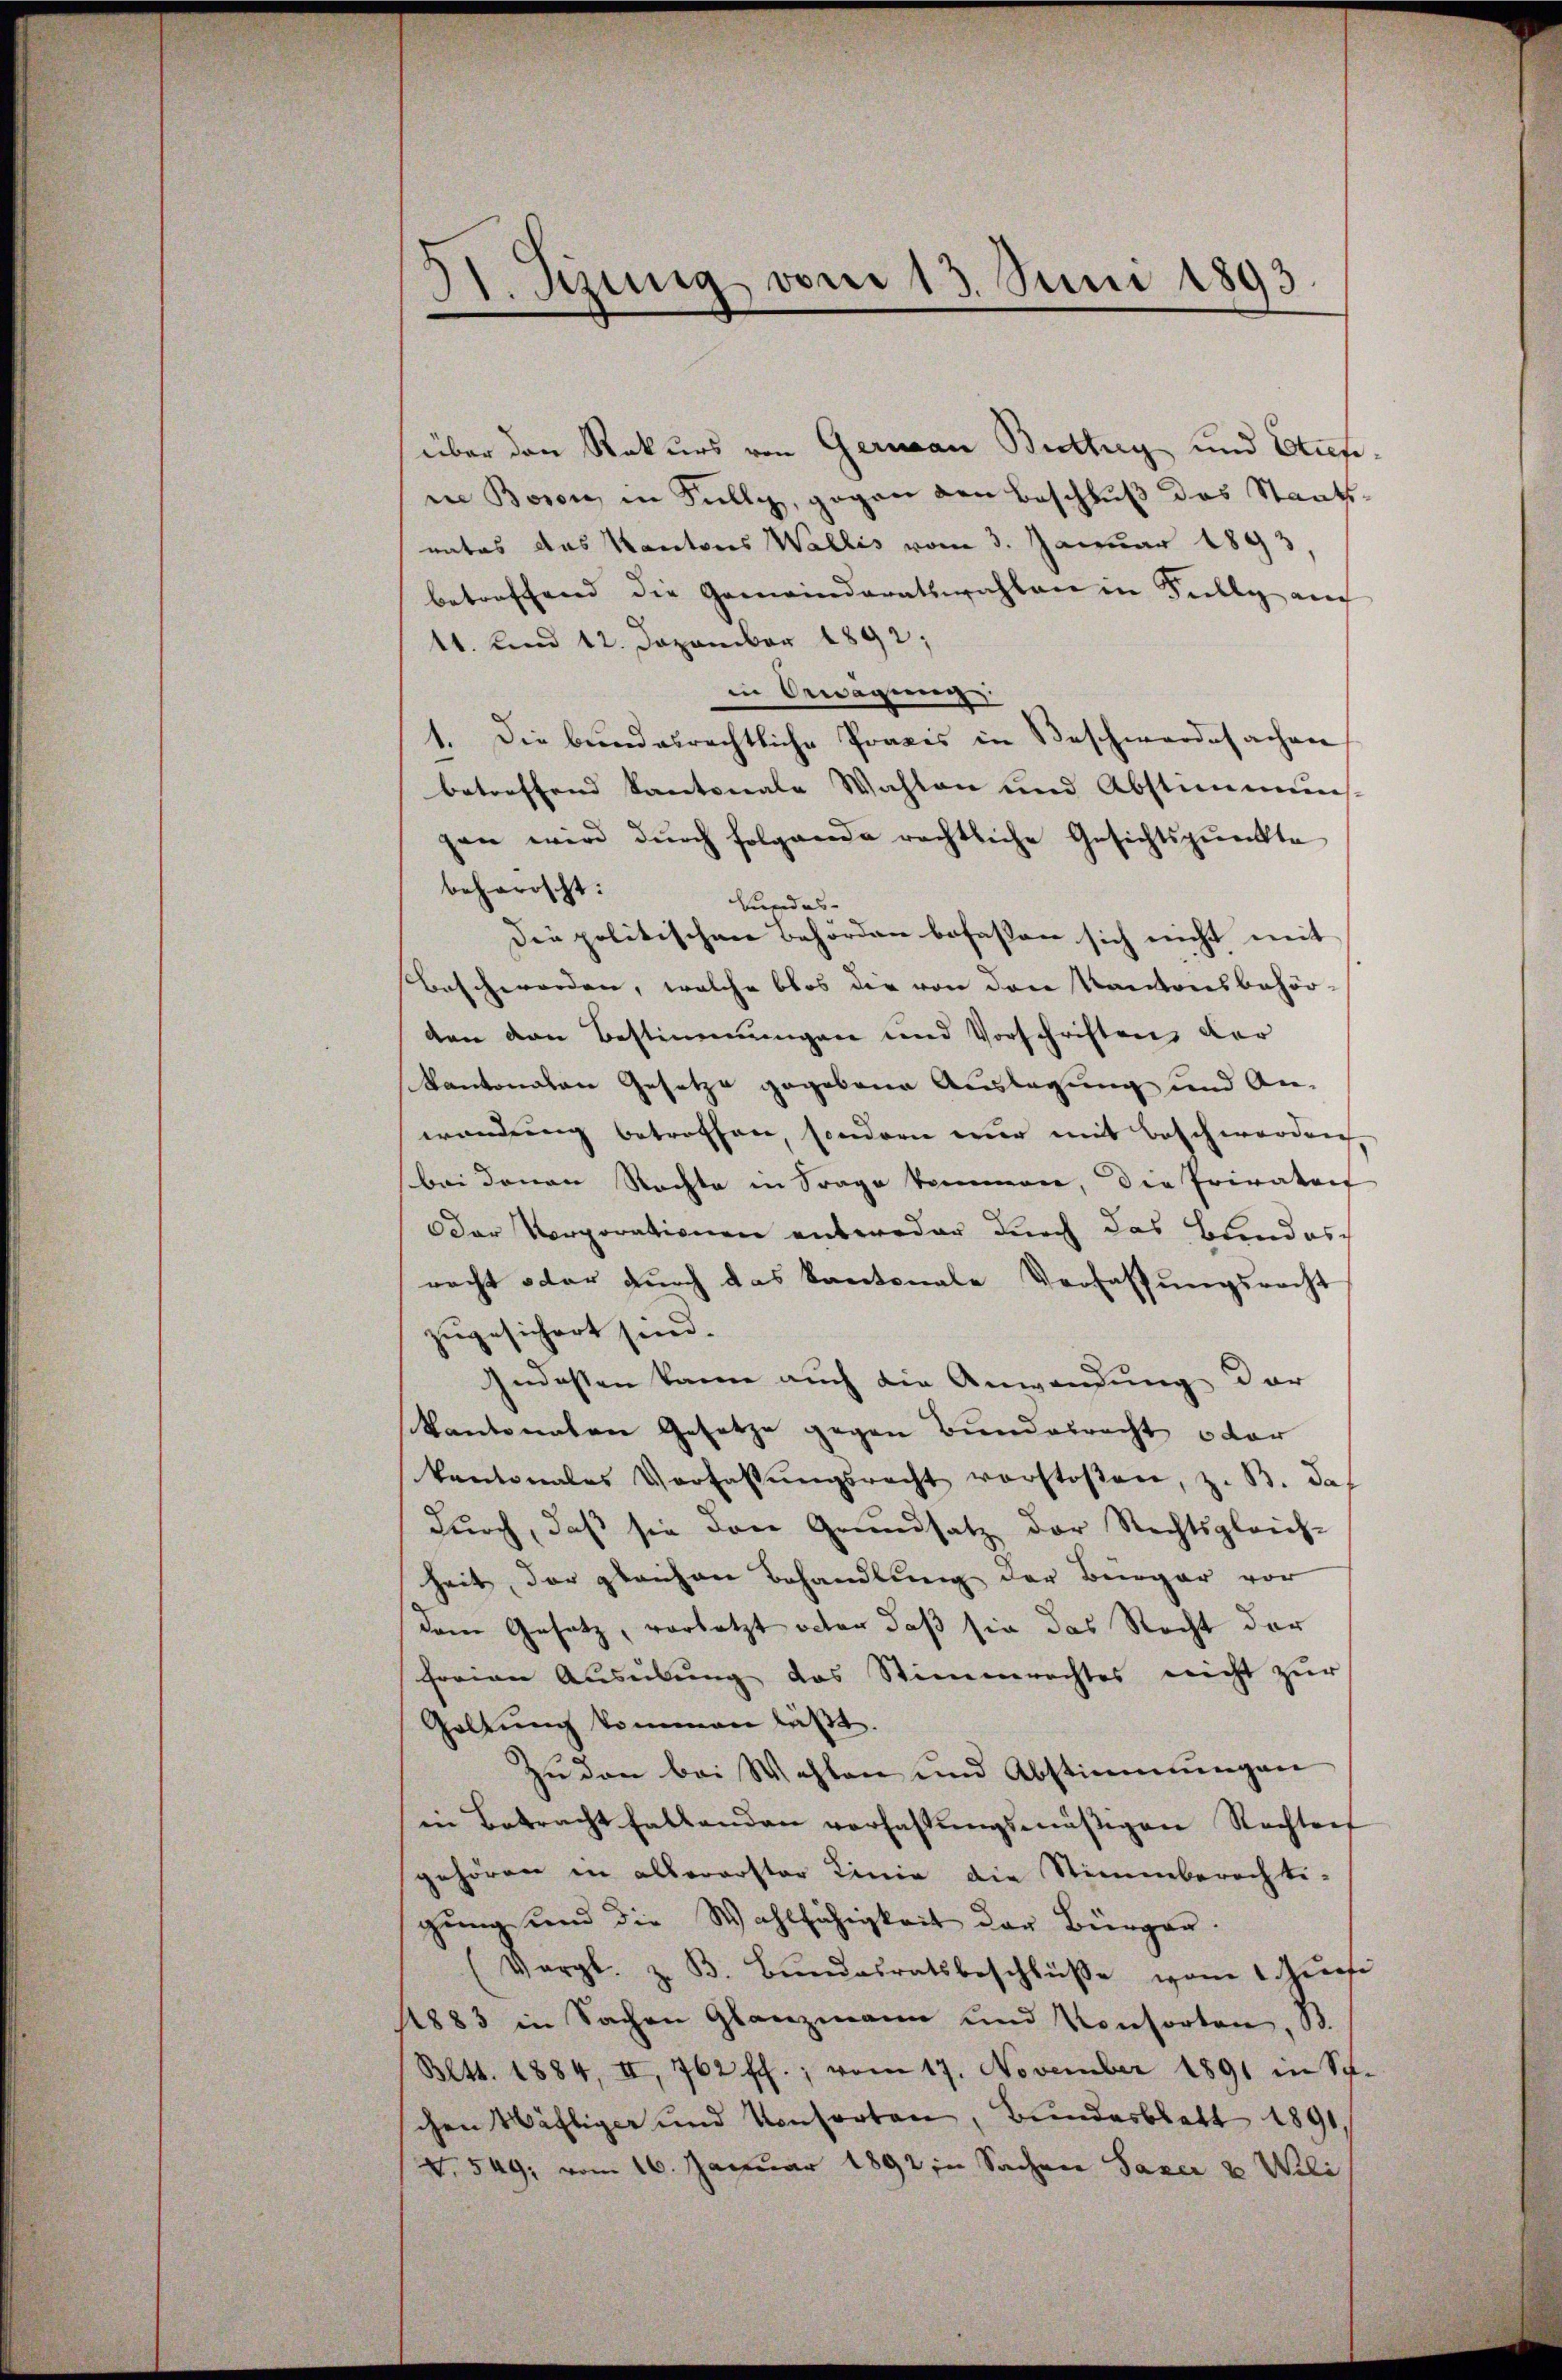
II. Sezung vom 13. Juni 1893.

über den Rekurs von German Butterg und Stiefe,
ie Boson, in Fully, gegen den Beschlŭβ des Staats-
nates das Kantons Wallis vom 3. Januar 1893,
betreffend die Gemeinderatswahlen in Fully auch
11. und 12. Dezember 1892;
in Bewegung
Die bundesrechtliche Praxis in Beschwerdesachen
betreffend kantonale Wahlen und Abstimmuns.
gen wird dŭrch folgende rechtliche Gesichtspunkte
beharischt:
Bundes-
Die politischen Behörden befassen sich nicht mit
Beschwerden, welche blos die von den Kantonsbehör-
den den Bestimmungen und Vorschriftens der
kantonalen Gesetze gegebene Auslagung und Anwendung betreffen, sondern nur mit Beschworden,
bei denen Rechte in Frage kommen, die Privatois
Oder Vorporationen unteroder durch das Blondesracht oder durch das kantonale Verfassungsrecht
zugesichert sind.
Indesten kann auch die Anwendung der
Kantonalen Gesetze gegen Bundesrecht u dar
kantonales Verfassŭngsrecht verstoßen, z. B. das
durch, daß sie den Grundsatz der Rechtsgleich-
heit, der gleichen Behandlung der Bürger vor
dem Gesetz, vorletzt obter daß sie das Recht der
ferien Ausübung des Stimmrechtes nicht zur
Galtung kommen läßt.
Zudon bei Wahlen und Abstimmungen
in Betracht fallenden verhaltŭngsmässigen Nachtref
gehören in allerarster Linie die Stimmberechti-
gung und die Wahlfähigkeit der Bürger.
(Vergl. z. B. Bŭndesratsbeschlüβe vom 1. Jursi
1883 in Sachen Glanzmann und Konsorten, St.
Bltt. 1884, II, 762 ff.; vom 17. November 1891 in St.
chen Wälliger und Konsorten, Bundesblatt 1891,
N. 549, vom 16. Januar 1892 in Sachen Saxer & Wili